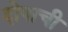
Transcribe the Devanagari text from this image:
दोषाची